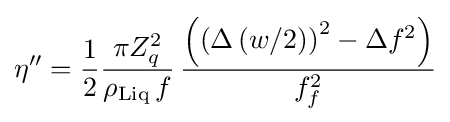
\eta ^{\prime \prime }={\frac {1}{2}}{\frac {\pi Z_{q}^{2}}{\rho _{\mathrm {Liq} }\,f}}\,{\frac {\left(\left(\Delta \left(w/2\right)\right)^{2}-\Delta f^{2}\right)}{f_{f}^{2}}}